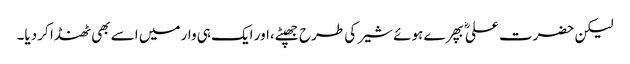
لیکن حضرت علیؓ بپھرے ہوئے شیر کی طرح جھپٹے،اور ایک ہی وار میں اسے بھی ٹھنڈا کر دیا۔